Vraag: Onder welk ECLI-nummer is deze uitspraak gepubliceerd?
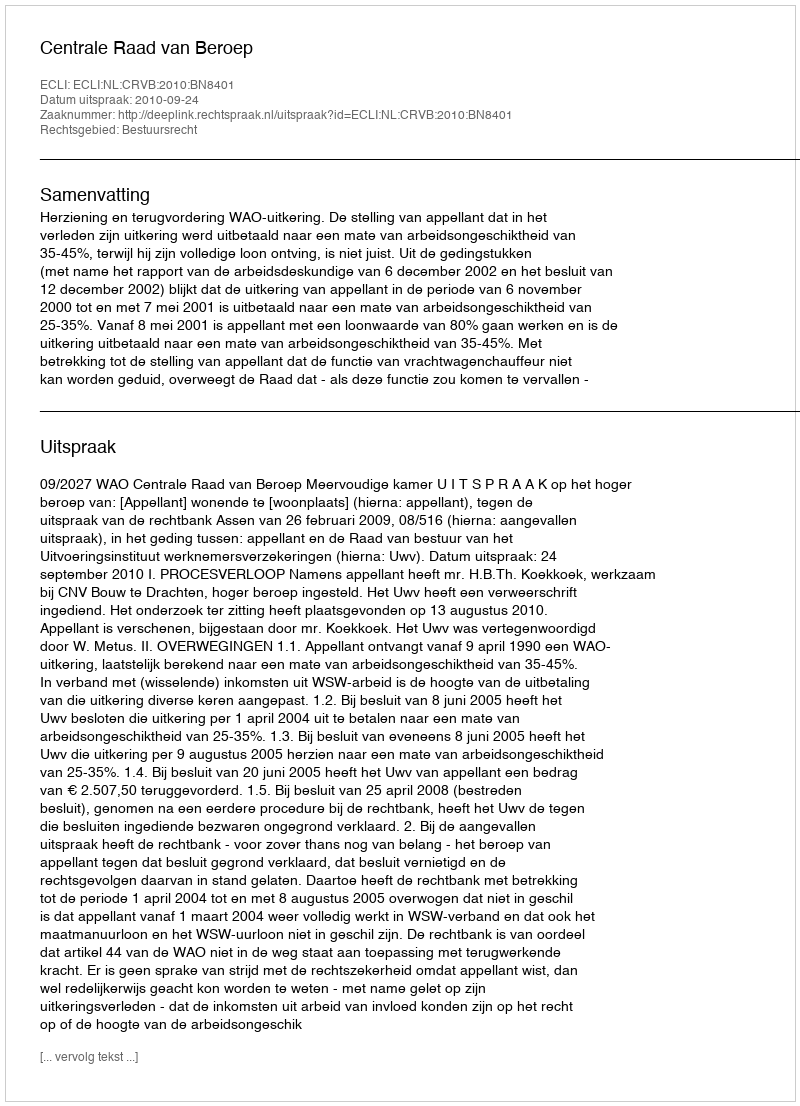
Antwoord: ECLI:NL:CRVB:2010:BN8401